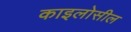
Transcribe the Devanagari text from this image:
काइलोसील